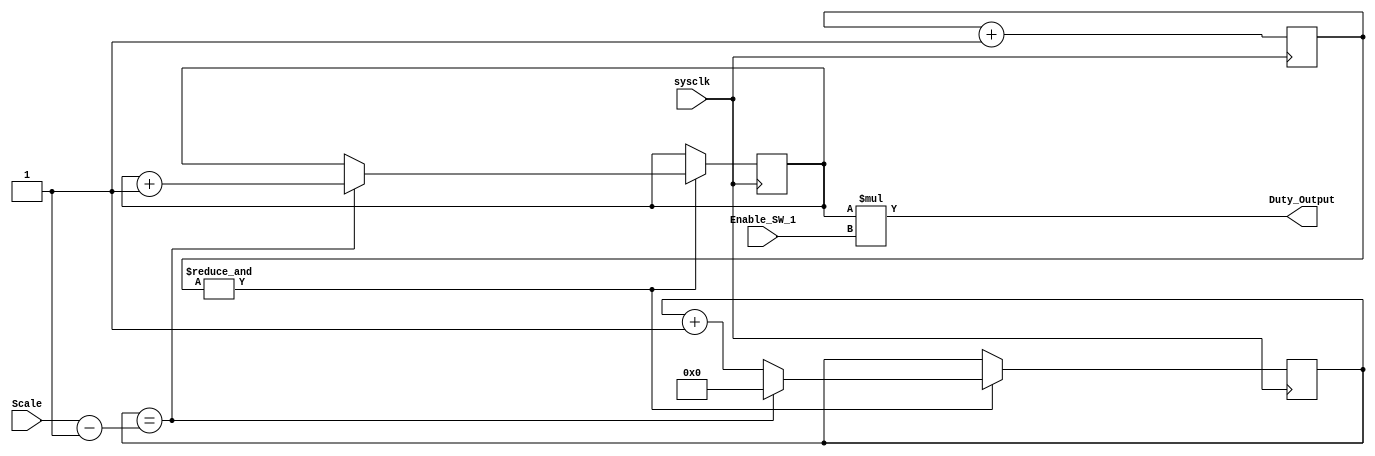
module Sawwave_Generator(input wire sysclk,
input wire Enable_SW_1,
input wire [5:0] Scale,
output wire [5:0] Duty_Output);

reg [5:0] count = 0;
reg [5:0] DC_Index = 0;
reg [5:0] Duty_Cycle = 0;

assign Duty_Output = Duty_Cycle * Enable_SW_1;

always @(posedge sysclk) begin
	count<=count+1'b1;
	if (&count==1)begin
			DC_Index<=DC_Index+1'b1;
		if (DC_Index ==  (Scale - 6'b1)) begin
			Duty_Cycle<=Duty_Cycle+1'b1;
			DC_Index <=1'b0;
		end
	end
end
endmodule